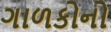
ગાળકોનો